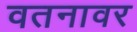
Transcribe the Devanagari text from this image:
वतनावर